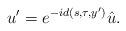
LaTeX: \begin{align*} u'=e^{-id(s,\tau,y')}\hat u.\end{align*}